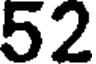
52